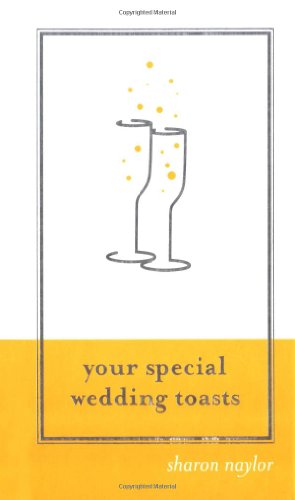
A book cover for Your Special Wedding Toasts; Sharon Naylor; Crafts, Hobbies & Home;